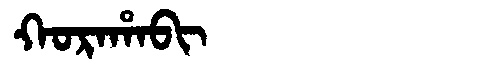
Manchu: ᡴᠣᡵᠠᡥᠠᠪᡳ
Romanization: KORAHABI